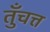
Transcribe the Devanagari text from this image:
तुँचत्त